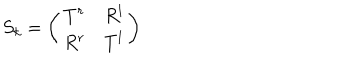
S _ { k } = \left( \begin{matrix} { { T ^ { r } } } & { { R ^ { l } } } \\ { { R ^ { r } } } & { { T ^ { l } } } \\ \end{matrix} \right)